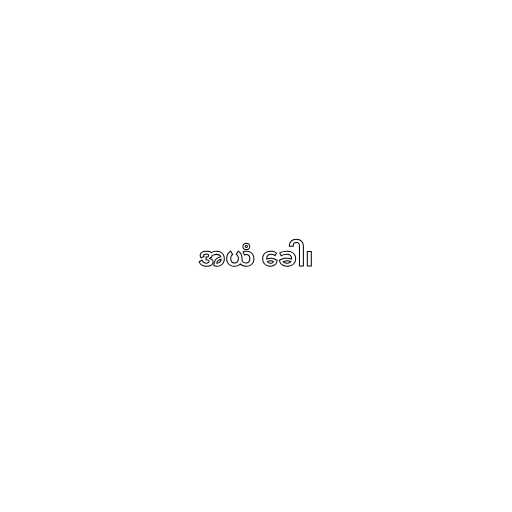
အယံ ခေါ၊